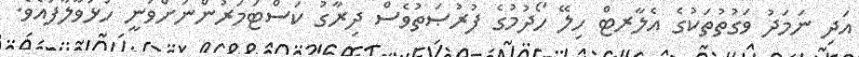
އަދި ނަމަދު ވަގުތުތަކުގެ އެލާރޓް ހިލޭ ހޯދުމުގެ ފުރުޞަތުވެސް ދިރާގު ކަސްޓަމަރުންނަށްވަނީ ހުޅުވާލާފައެވެ.